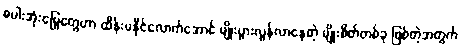
စပါးအုံးမြွေတွေဟာ ထိန်းမနိုင်လောက်အောင် မျိုးပွားလွန်လာနေတဲ့ မျိုးစိတ်တစ်ခု ဖြစ်တဲ့အတွက်